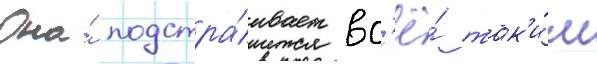
Она́ подстра́ивает вс'ё́ так'и́м